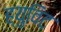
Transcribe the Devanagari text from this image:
ह्युविट